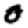
Digit: 0